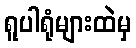
ရူပါရုံများထဲမှ